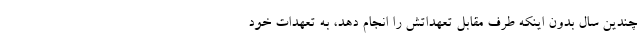
چندین سال بدون اینکه طرف مقابل تعهداتش را انجام دهد، به تعهدات خود